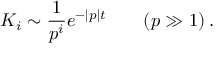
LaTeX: K _ { i } \sim \frac { 1 } { p ^ { i } } e ^ { - | p | t } \qquad ( p \gg 1 ) \: .